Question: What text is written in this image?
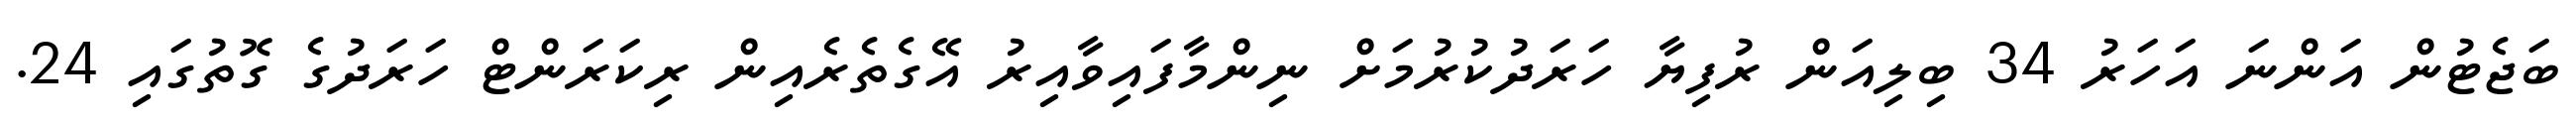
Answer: ބަޖެޓުން އަންނަ އަހަރު 34 ބިލިއަން ރުފިޔާ ހަރަދުކުރުމަށް ނިންމާފައިވާއިރު އޭގެތެރެއިން ރިކަރަންޓް ހަރަދުގެ ގޮތުގައި 24.